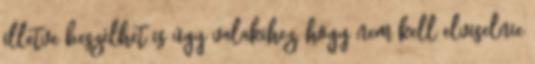
illetve beszélhet is úgy valakihez, hogy nem kell elviselnie